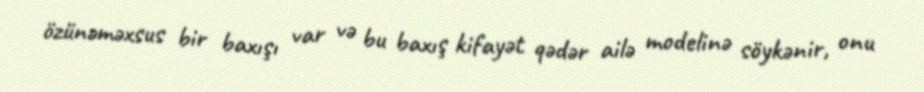
özünəməxsus bir baxışı var və bu baxış kifayət qədər ailə modelinə söykənir, onu